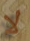
لا